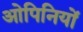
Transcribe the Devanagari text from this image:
ओपिनियों